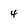
Character: 4